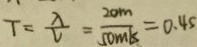
T = \frac { \lambda } { V } = \frac { 2 0 m } { 5 0 m / s } = 0 . 4 s